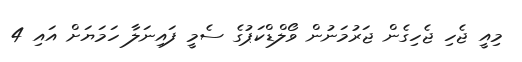
މިއީ ޖެހި ޖެހިގެން ޖަރުމަނުން ވޯލްޑްކަޕުގެ ސެމީ ފައިނަލާ ހަމަޔަށް އައި 4